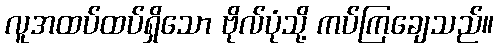
လူအထပ်ထပ်ရှိသော ဗိုလ်ပုံသို့ ကပ်ကြချေသည်။